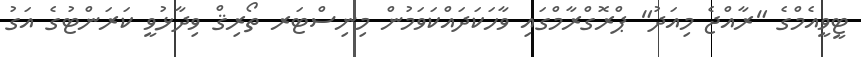
ޓީވީއެމްގެ "ރާއްޖެ މިއަދު" ޕްރޮގްރާމްގައި ވާހަކަދައްކަވަމުން މިނިސްޓަރ ތޯރިޤް ވިދާޅުވީ ކަރަންޓުގެ އަގު